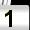
Digit: 1